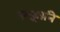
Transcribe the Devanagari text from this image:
स्यङ्गानि